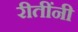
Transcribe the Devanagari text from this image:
रीतींनी